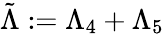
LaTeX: \tilde{\Lambda}:=\Lambda_{4}+\Lambda_{5}